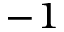
^ { - 1 }